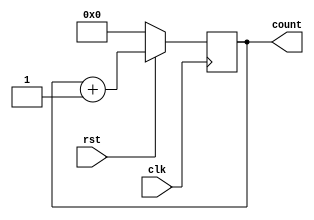
/**************************
    Basic up Counter
**************************/

module counter_up_basic (count, clk, rst);

input clk, rst ;
output [7:0]count;
reg [7:0]count_temp;

always @(posedge clk) begin
    if(!rst)
        count_temp <= 8'b0;
    else
        count_temp <= count_temp + 1;
end

assign count = count_temp;

endmodule